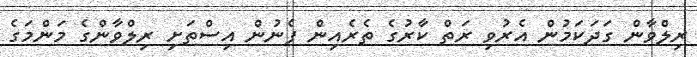
ރިލްވާން ގަދަކަމުން އެރުވި ރަތް ކާރުގެ ތެރެއިން ފެނުން އިސްތަށި ރިލްވާންގެ މަންމަގެ